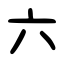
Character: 六